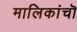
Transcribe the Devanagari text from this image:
मालिकांचॊ